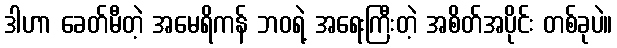
ဒါဟာ ခေတ်မီတဲ့ အမေရိကန် ဘဝရဲ့ အရေးကြီးတဲ့ အစိတ်အပိုင်း တစ်ခုပဲ။